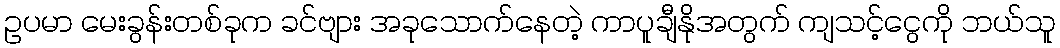
ဥပမာ မေးခွန်းတစ်ခုက ခင်ဗျား အခုသောက်နေတဲ့ ကာပူချီနိုအတွက် ကျသင့်ငွေကို ဘယ်သူ